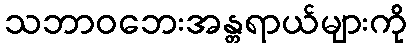
သဘာဝဘေးအန္တရာယ်များကို